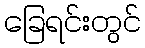
ခြေရင်းတွင်